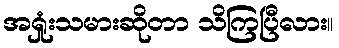
အရှုံးသမားဆိုတာ သိကြပြီလား။